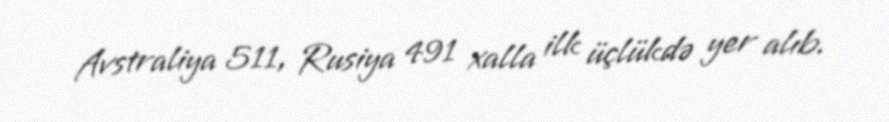
Avstraliya 511, Rusiya 491 xalla ilk üçlükdə yer alıb.